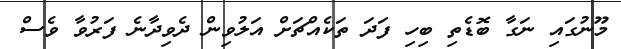
މޫނުގައި ނަގާ ބޮޑެތި ބިހި ފަދަ ތަކެއްޗަށް އަލުވިން ދެވިދާނެ ފަރުވާ ވެސް